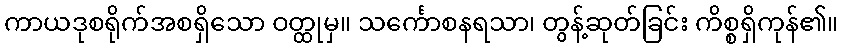
ကာယဒုစရိုက်အစရှိသော ဝတ္ထုမှ။ သင်္ကောစနရသာ၊ တွန့်ဆုတ်ခြင်း ကိစ္စရှိကုန်၏။